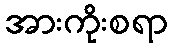
အားကိုးစရာ